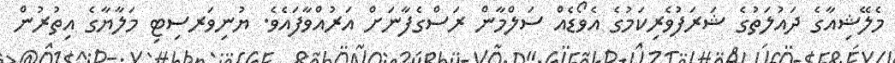
މެލޭޝިއާގެ ދައުލަތުގެ ޝަރަފުވެރިކަމުގެ އެވޯޑެއް ސަލްމާން ރަސްގެފާނަށް އަރުއްވާފައެވެ. ޔުނިވަރސިޓި މަލާޔާގެ އިތުރުން